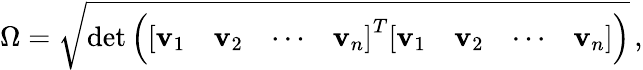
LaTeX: \Omega={\sqrt{\operatorname*{det}\left({\left[\begin{array}{llll}{\mathbf{v}_{1}}&{\mathbf{v}_{2}}&{\cdots}&{\mathbf{v}_{n}}\end{array}\right]}^{T}{\left[\begin{array}{llll}{\mathbf{v}_{1}}&{\mathbf{v}_{2}}&{\cdots}&{\mathbf{v}_{n}}\end{array}\right]}\right)}}\, ,